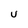
Character: U